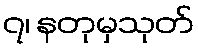
၇၊ နတုမှသုတ်